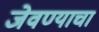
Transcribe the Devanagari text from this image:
जेवण्याचा